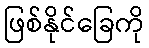
ဖြစ်နိုင်ခြေကို